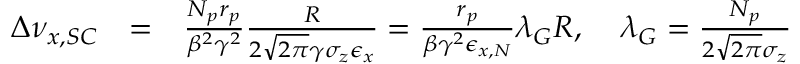
\begin{array} { r l r } { \Delta \nu _ { x , S C } } & { = } & { \frac { N _ { p } r _ { p } } { \beta ^ { 2 } \gamma ^ { 2 } } \frac { R } { 2 \sqrt { 2 \pi } \gamma \sigma _ { z } \epsilon _ { x } } = \frac { r _ { p } } { \beta \gamma ^ { 2 } \epsilon _ { x , N } } \lambda _ { G } R , \; \; \; \; \lambda _ { G } = \frac { N _ { p } } { 2 \sqrt { 2 \pi } \sigma _ { z } } } \end{array}